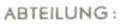
ABTEILUNG: